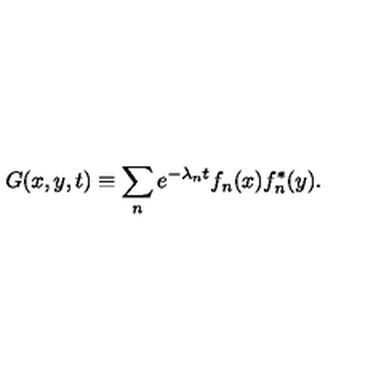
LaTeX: G ( x , y , t ) \equiv \sum _ { n } e ^ { - \lambda _ { n } t } f _ { n } ( x ) f _ { n } ^ { * } ( y ) .